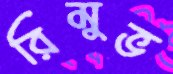
রিমুভ